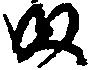
ま